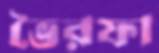
ভৈরফা